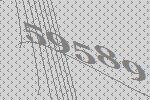
59589